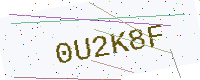
Text: 0U2K8F